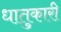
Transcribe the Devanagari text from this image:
धातुकारी